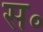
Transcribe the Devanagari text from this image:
स॰